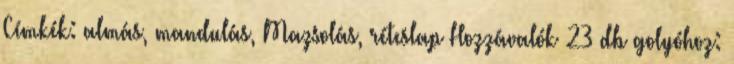
Címkék: almás, mandulás, Mazsolás, réteslap Hozzávalók 23 db golyóhoz: